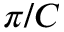
\pi / C